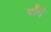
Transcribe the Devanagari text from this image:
पौंधे